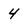
Character: 4